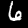
Digit: 6